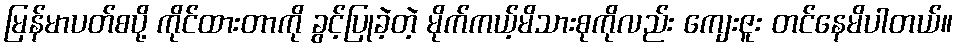
မြန်မာပတ်စပို့ ကိုင်ထားတာကို ခွင့်ပြုခဲ့တဲ့ မိုက်ကယ့်မိသားစုကိုလည်း ကျေးဇူး တင်နေမိပါတယ်။